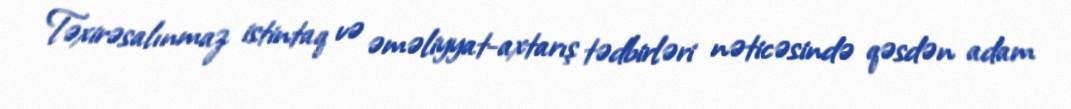
Təxirəsalınmaz istintaq və əməliyyat-axtarış tədbirləri nəticəsində qəsdən adam